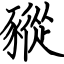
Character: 豵